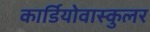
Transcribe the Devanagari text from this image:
कार्डियोवास्कुलर